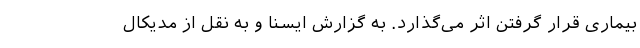
بیماری قرار گرفتن اثر می‌گذارد. به گزارش ایسنا و به نقل از مدیکال